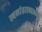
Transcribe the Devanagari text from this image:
स्थलांतराबद्दलच्या